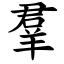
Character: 羣